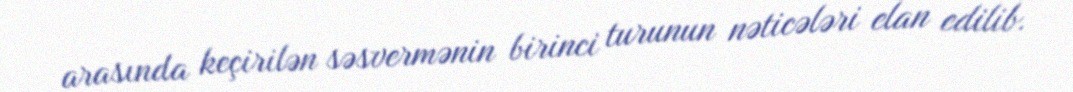
arasında keçirilən səsvermənin birinci turunun nəticələri elan edilib.